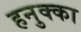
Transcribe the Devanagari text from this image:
हनुक्का